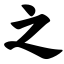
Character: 之